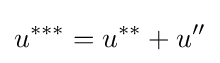
u^{***}=u^{**}+u''